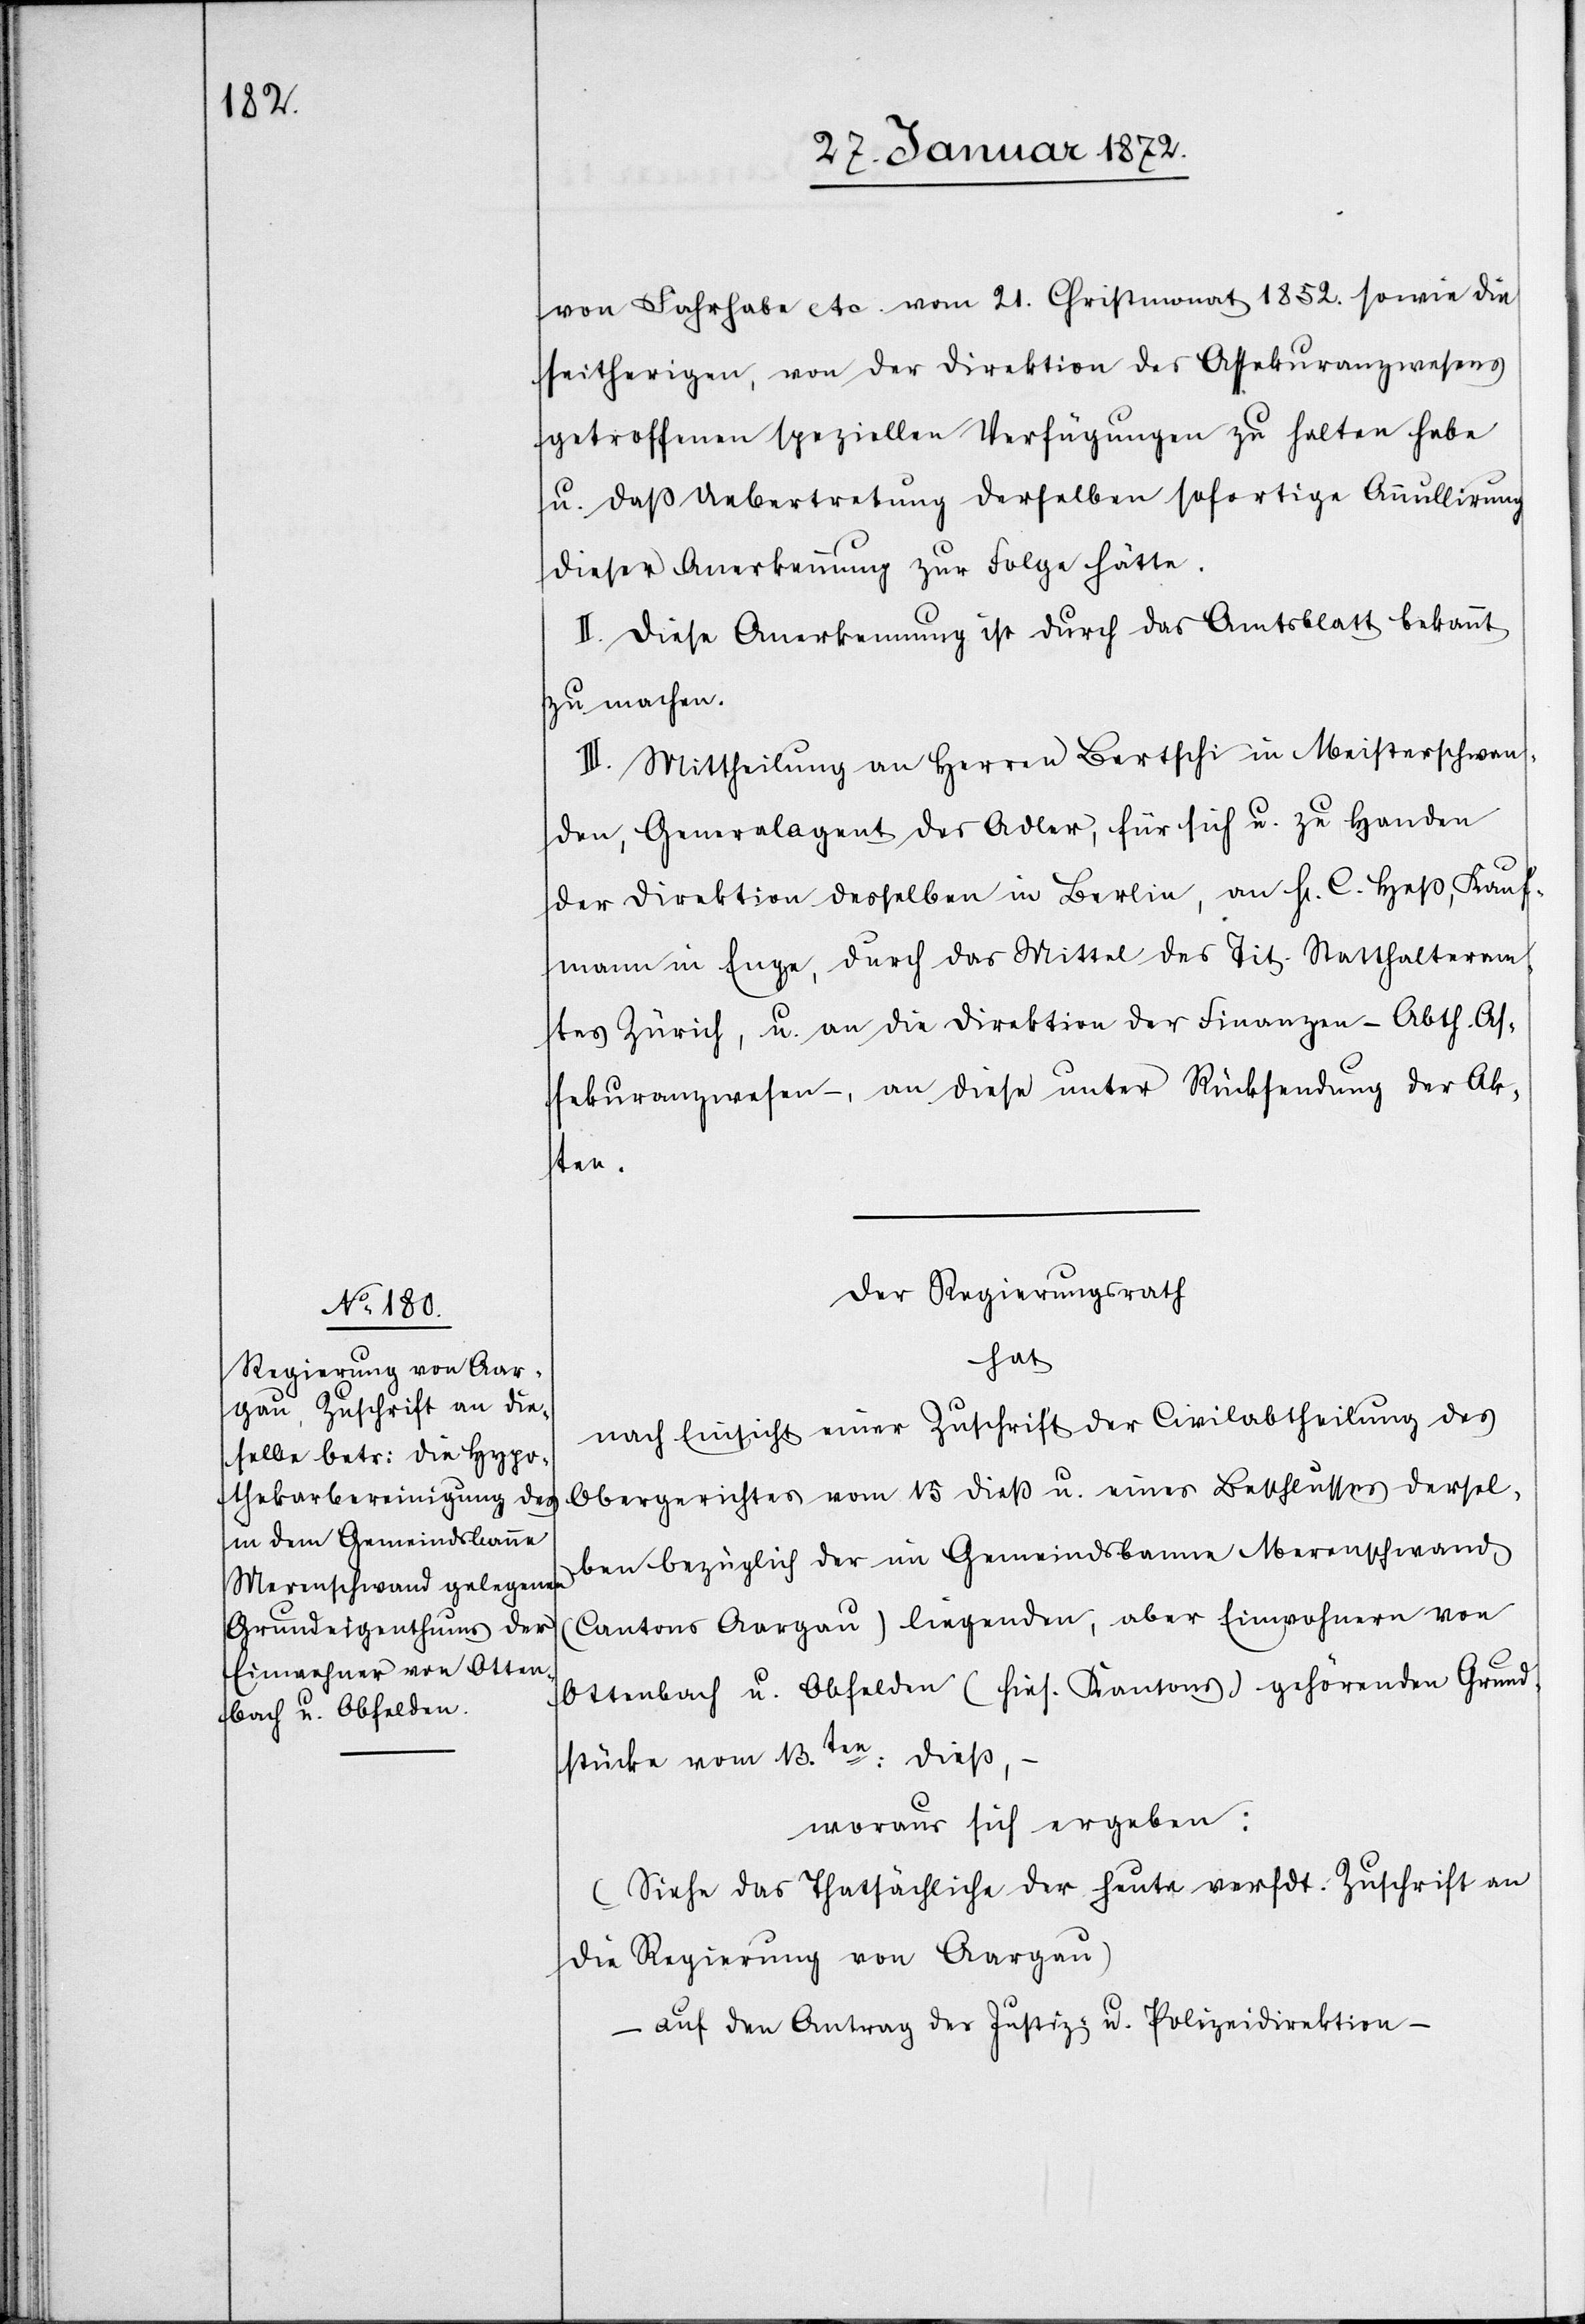
von Fahrhabe etc. vom 21. Christmonat 1852. sowie die
seitherigen, von der Direktion des Assekuranzwesens
getroffenen speziellen Verfügungen zu halten habe
u. daß Uebertretung derselben sofortige Annullirung
dieser Anerkennung zur Folge hätte.
II. Diese Anerkennung ist durch das Amtsblatt bekannt
zu machen.
III. Mittheilung an Herren Berschi in Meisterschwan¬
den, Generalagent des Adler, für sich u. zu Handen
der Direktion desselben in Berlin, an H. C. Heß, Kauf¬
mann in Enge, durch das Mittel des Tit. Statthalteram¬
tes Zürich, u. an die Direktion der Finanzen – Abth. As¬
sekuranzwesen –, an diese unter Rücksendung der Ak¬
ten.
Der Regierungsrath
hat
nach Einsicht einer Zuschrift der Civilabtheilung des
Obergerichtes vom 15 dieß u. eines Beschlusses dersel¬
ben bezüglich der im Gemeindsbanne Merenschwand
(Cantons Aargau) liegenden, aber Einwohnern von
Ottenbach u. Obfelden (hies. Kantons) gehörenden Grund¬
stücke vom 13ten dieß,–
(Siehe das Thatsächliche der heute versdt. Zuschrift an
die Regierung von Aargau)
– auf den Antrag der Justiz- u. Polizeidirektion –